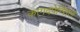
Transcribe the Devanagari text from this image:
कागदपेन्सिल